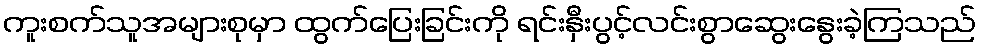
ကူးစက်သူအများစုမှာ ထွက်ပြေးခြင်းကို ရင်းနှီးပွင့်လင်းစွာဆွေးနွေးခဲ့ကြသည်